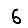
Digit: 6